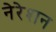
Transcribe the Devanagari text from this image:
नेरेशन